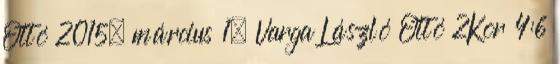
Ottó 2015. március 1. Varga László Ottó 2Kor 4:6